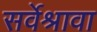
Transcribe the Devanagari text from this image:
सर्वेश्रावा